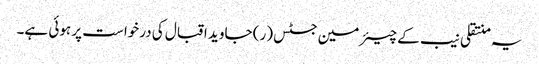
یہ منتقلی نیب کے چیئرمین جسٹس (ر) جاوید اقبال کی درخواست پر ہوئی ہے۔